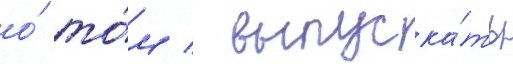
о́ то́м / выпуска́ть